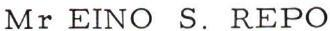
Mr EINO S. REPO